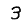
Digit: 3